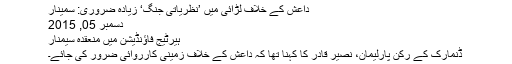
داعش کے خلاف لڑائی میں ’نظریاتی جنگ‘ زیادہ ضروری: سمینار
دسمبر 05, 2015
ہیرٹیج فاؤنڈیشن میں منعقدہ سیمنار
ڈنمارک کے رکن پارلیمان، نصیر قادر کا کہنا تھا کہ داعش کے خلاف زمینی کارروائی ضرور کی جائے۔